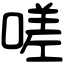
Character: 嗟